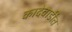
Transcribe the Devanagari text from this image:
कादेवाडींत